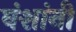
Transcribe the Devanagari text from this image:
वंशांनी